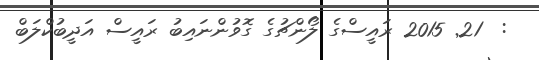
:  21